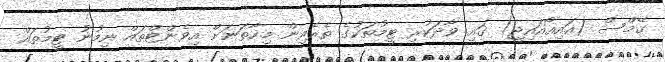
ގޭމްސް (އައިއޯއައިޖީ) ގައި ވާދަކުރި ޓީމުތަކުގެ ތެރެއިން މިހާތަނަށް އިވެންޓްތައް ނިމުނު ޓީމުތައް